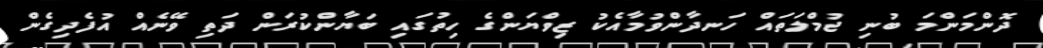
ދޮންމަންމަ ބުނި ޖުމްލަތައް ހަނދާންވުމާއެކު ޒިވްޔަންގެ ހިތުގައި ބަޔާންކުރަން ދަތި ވޭނެއް އުފެދިގެން